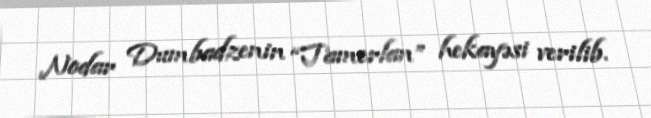
Nodar Dumbadzenin “Tamerlan” hekayəsi verilib.